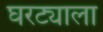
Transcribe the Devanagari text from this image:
घरट्याला